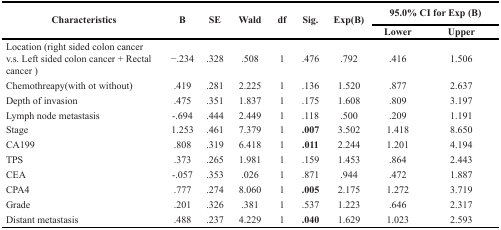
<table><thead><tr><td rowspan="2"><b>Characteristics</b></td><td rowspan="2"><b>B</b></td><td rowspan="2"><b>SE</b></td><td rowspan="2"><b>Wald</b></td><td rowspan="2"><b>df</b></td><td rowspan="2"><b>Sig.</b></td><td rowspan="2"><b>Exp(B)</b></td><td colspan="2"><b>95.0% CI for Exp (B)</b></td></tr><tr><td><b>Lower</b></td><td><b>Upper</b></td></tr></thead><tbody><tr><td>Location (right sided colon cancer v.s. Left sided colon cancer + Rectal cancer)</td><td>−.234</td><td>.328</td><td>.508</td><td>1</td><td>.476</td><td>.792</td><td>.416</td><td>1.506</td></tr><tr><td>Chemothreapy(with ot without)</td><td>.419</td><td>.281</td><td>2.225</td><td>1</td><td>.136</td><td>1.520</td><td>.877</td><td>2.637</td></tr><tr><td>Depth of invasion</td><td>.475</td><td>.351</td><td>1.837</td><td>1</td><td>.175</td><td>1.608</td><td>.809</td><td>3.197</td></tr><tr><td>Lymph node metastasis</td><td>−.694</td><td>.444</td><td>2.449</td><td>1</td><td>.118</td><td>.500</td><td>.209</td><td>1.191</td></tr><tr><td>Stage</td><td>1.253</td><td>.461</td><td>7.379</td><td>1</td><td><b>.007</b></td><td>3.502</td><td>1.418</td><td>8.650</td></tr><tr><td>CA199</td><td>.808</td><td>.319</td><td>6.418</td><td>1</td><td><b>.011</b></td><td>2.244</td><td>1.201</td><td>4.194</td></tr><tr><td>TPS</td><td>.373</td><td>.265</td><td>1.981</td><td>1</td><td>.159</td><td>1.453</td><td>.864</td><td>2.443</td></tr><tr><td>CEA</td><td>−.057</td><td>.353</td><td>.026</td><td>1</td><td>.871</td><td>.944</td><td>.472</td><td>1.887</td></tr><tr><td>CPA4</td><td>.777</td><td>.274</td><td>8.060</td><td>1</td><td><b>.005</b></td><td>2.175</td><td>1.272</td><td>3.719</td></tr><tr><td>Grade</td><td>.201</td><td>.326</td><td>.381</td><td>1</td><td>.537</td><td>1.223</td><td>.646</td><td>2.317</td></tr><tr><td>Distant metastasis</td><td>.488</td><td>.237</td><td>4.229</td><td>1</td><td><b>.040</b></td><td>1.629</td><td>1.023</td><td>2.593</td></tr></tbody></table>